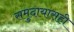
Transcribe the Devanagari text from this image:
समुदायासही